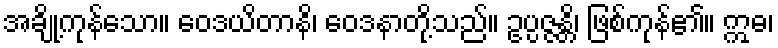
အချို့ကုန်သော။ ဝေဒယိတာနိ၊ ဝေဒနာတို့သည်။ ဥပ္ပဇ္ဇန္တိ၊ ဖြစ်ကုန်၏။ ဣဓ၊